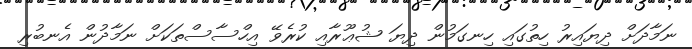
ނަމާދަށް ދިޔައިރު ހިތުގައި ހިނގަމުން ދިޔަ ޝުޢޫރާއި ކުރެވޭ އިހްސާސްތަކަށް ނަމާދުން އެނބުރި